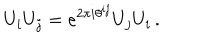
LaTeX: U _ { i } U _ { j } = e ^ { 2 \pi i \theta ^ { i j } } U _ { j } U _ { i } \, .